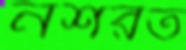
নশরত